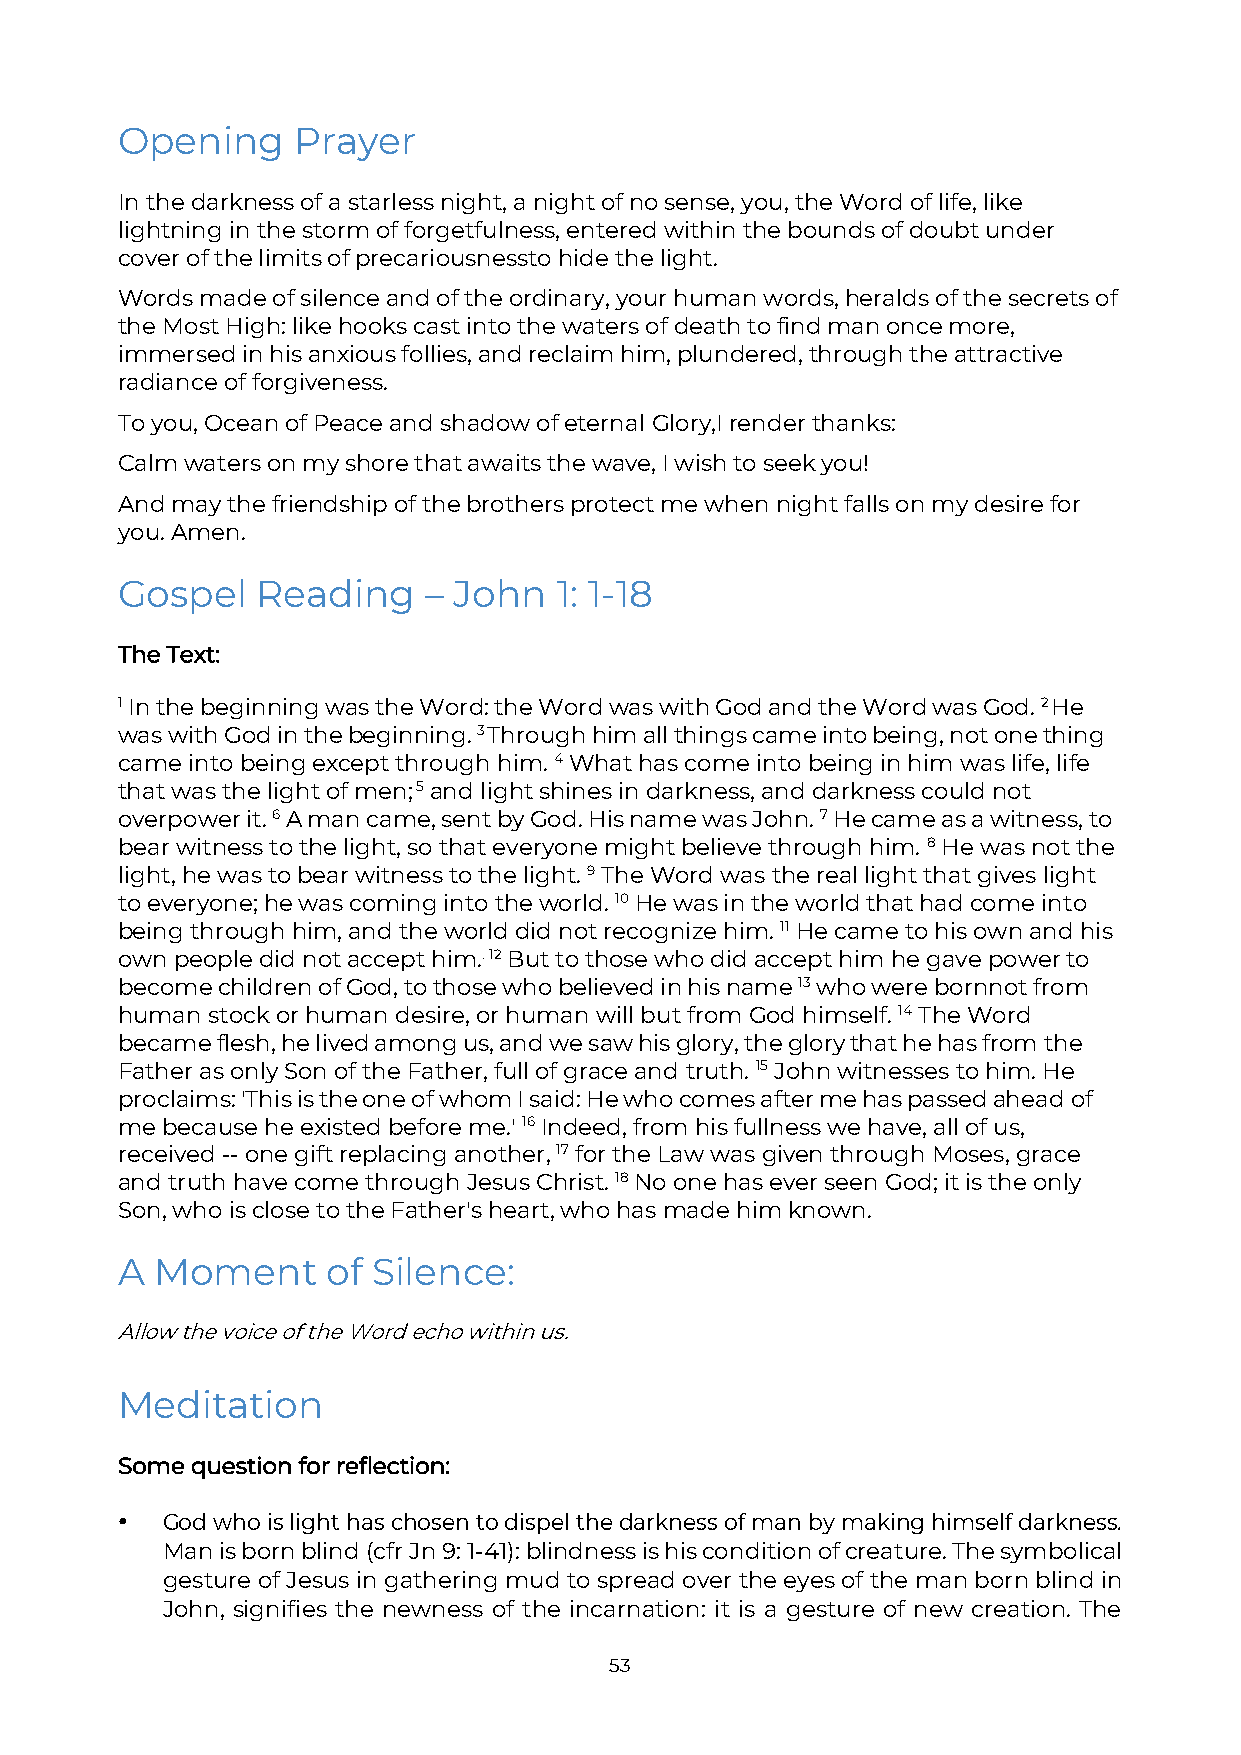
Opening    Prayer
 In the darkness of a starless night, a night of no sense, you, the Word of life, like
 lightning in the storm of forgetfulness, entered within the bounds of doubt under
 cover of the limits of precariousness to hide the light.
 Words made of silence and of the ordinary, your human words, heralds of the secrets of
 the Most High: like hooks cast into the waters of death to find man once more,
 immersed in his anxious follies, and reclaim him, plundered, through the attractive
 radiance of forgiveness.
 To you, Ocean of Peace and shadow of eternal Glory, I render thanks:
 Calm waters on my shore that awaits the wave, I wish to seek you!
 And may the friendship of the brothers protect me when night falls on my desire for
 you. Amen.
 Gospel   Reading    – John   1: 1-18
 The Text:
 1 In the beginning was the Word: the Word was with God and the Word was God. 2 He
 was with God in the beginning. 3 Through him all things came into being, not one thing
 came into being except through him. 4 What has come into being in him was life, life
 that was the light of men; 5 and light shines in darkness, and darkness could not
 overpower it. 6 A man came, sent by God. His name was John. 7 He came as a witness, to
 bear witness to the light, so that everyone might believe through him. 8 He was not the
 light, he was to bear witness to the light. 9 The Word was the real light that gives light
 to everyone; he was coming into the world. 10 He was in the world that had come into
 being through him, and the world did not recognize him. 11 He came to his own and his
 own people did not accept him.. 12 But to those who did accept him he gave power to
 become children of God, to those who believed in his name 13 who were born not from
 human stock or human desire, or human will but from God himself. 14 The Word
 became flesh, he lived among us, and we saw his glory, the glory that he has from the
 Father as only Son of the Father, full of grace and truth. 15 John witnesses to him. He
 proclaims: 'This is the one of whom I said: He who comes after me has passed ahead of
 me because he existed before me.' 16 Indeed, from his fullness we have, all of us,
 received -- one gift replacing another, 17 for the Law was given through Moses, grace
 and truth have come through Jesus Christ. 18 No one has ever seen God; it is the only
 Son, who is close to the Father's heart, who has made him known.
 A Moment      of Silence:
 Allow the voice of the Word echo within us.
 Meditation
 Some question for reflection:
 •  God who is light has chosen to dispel the darkness of man by making himself darkness.
 Man is born blind (cfr Jn 9: 1-41): blindness is his condition of creature. The symbolical
 gesture of Jesus in gathering mud to spread over the eyes of the man born blind in
 John, signifies the newness of the incarnation: it is a gesture of new creation. The
 53